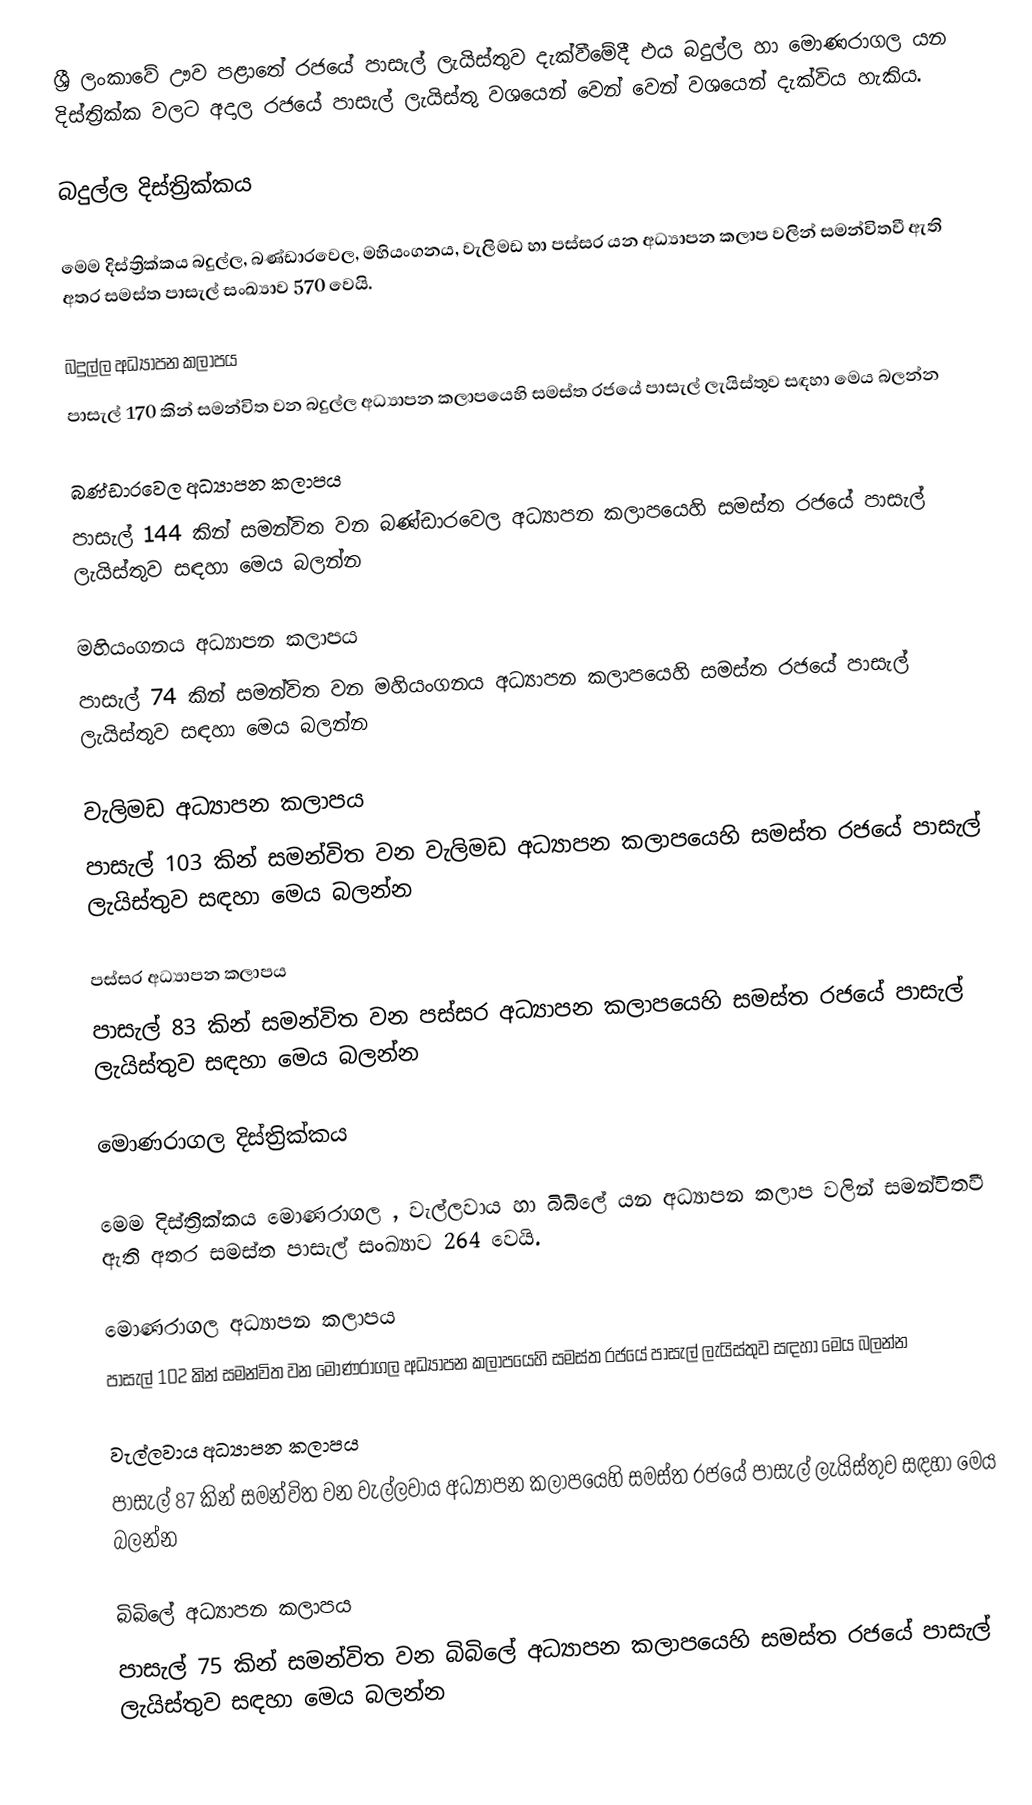
ශ්‍රී ලංකාවේ ඌව පළාතේ රජයේ පාසැල් ලැයිස්තුව දැක්වීමේදී එය   බදුල්ල  හා  මොණරාගල   යන දිස්ත්‍රික්ක වලට අදාල රජයේ පාසැල් ලැයිස්තු වශයෙන් වෙන් වෙන් වශයෙන් දැක්විය හැකිය.

බදුල්ල දිස්ත්‍රික්කය

මෙම දිස්ත්‍රික්කය බදුල්ල, බණ්ඩාරවෙල, මහියංගනය, වැලිමඩ හා පස්සර යන අධ්‍යාපන කලාප වලින් සමන්විතවී ඇති අතර සමස්ත පාසැල් සංඛ්‍යාව 570  වෙයි.

බදුල්ල අධ්‍යාපන කලාපය
පාසැල් 170 කින් සමන්විත වන බදුල්ල අධ්‍යාපන කලාපයෙහි සමස්ත රජයේ පාසැල් ලැයිස්තුව සඳහා මෙය බලන්න

බණ්ඩාරවෙල අධ්‍යාපන කලාපය
පාසැල් 144 කින් සමන්විත වන බණ්ඩාරවෙල අධ්‍යාපන කලාපයෙහි සමස්ත රජයේ පාසැල් ලැයිස්තුව සඳහා මෙය බලන්න

මහියංගනය අධ්‍යාපන කලාපය
පාසැල් 74 කින් සමන්විත වන මහියංගනය අධ්‍යාපන කලාපයෙහි සමස්ත රජයේ පාසැල් ලැයිස්තුව සඳහා මෙය බලන්න

වැලිමඩ අධ්‍යාපන කලාපය
පාසැල් 103 කින් සමන්විත වන වැලිමඩ අධ්‍යාපන කලාපයෙහි සමස්ත රජයේ පාසැල් ලැයිස්තුව සඳහා මෙය බලන්න

පස්සර අධ්‍යාපන කලාපය
පාසැල් 83 කින් සමන්විත වන පස්සර අධ්‍යාපන කලාපයෙහි සමස්ත රජයේ පාසැල් ලැයිස්තුව සඳහා මෙය බලන්න

මොණරාගල දිස්ත්‍රික්කය

මෙම දිස්ත්‍රික්කය මොණරාගල , වැල්ලවාය හා බිබිලේ යන අධ්‍යාපන කලාප වලින් සමන්විතවී ඇති අතර සමස්ත පාසැල් සංඛ්‍යාව 264 වෙයි.

මොණරාගල අධ්‍යාපන කලාපය
පාසැල් 102 කින් සමන්විත වන මොණරාගල අධ්‍යාපන කලාපයෙහි සමස්ත රජයේ පාසැල් ලැයිස්තුව සඳහා මෙය බලන්න

වැල්ලවාය අධ්‍යාපන කලාපය
පාසැල් 87 කින් සමන්විත වන වැල්ලවාය අධ්‍යාපන කලාපයෙහි සමස්ත රජයේ පාසැල් ලැයිස්තුව සඳහා මෙය බලන්න

බිබිලේ අධ්‍යාපන කලාපය
පාසැල් 75 කින් සමන්විත වන බිබිලේ අධ්‍යාපන කලාපයෙහි සමස්ත රජයේ පාසැල් ලැයිස්තුව සඳහා මෙය බලන්න